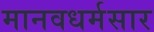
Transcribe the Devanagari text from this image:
मानवधर्मसार